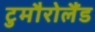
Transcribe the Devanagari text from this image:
टुमौरोलैंड